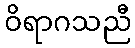
ဝိရာဂသညီ